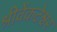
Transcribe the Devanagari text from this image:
श्रीवेंकटेश्वर